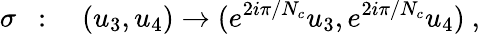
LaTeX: \sigma~~:\quad(u_{3},u_{4})\to(e^{2i\pi/N_{c}}u_{3},e^{2i\pi/N_{c}}u_{4})~,